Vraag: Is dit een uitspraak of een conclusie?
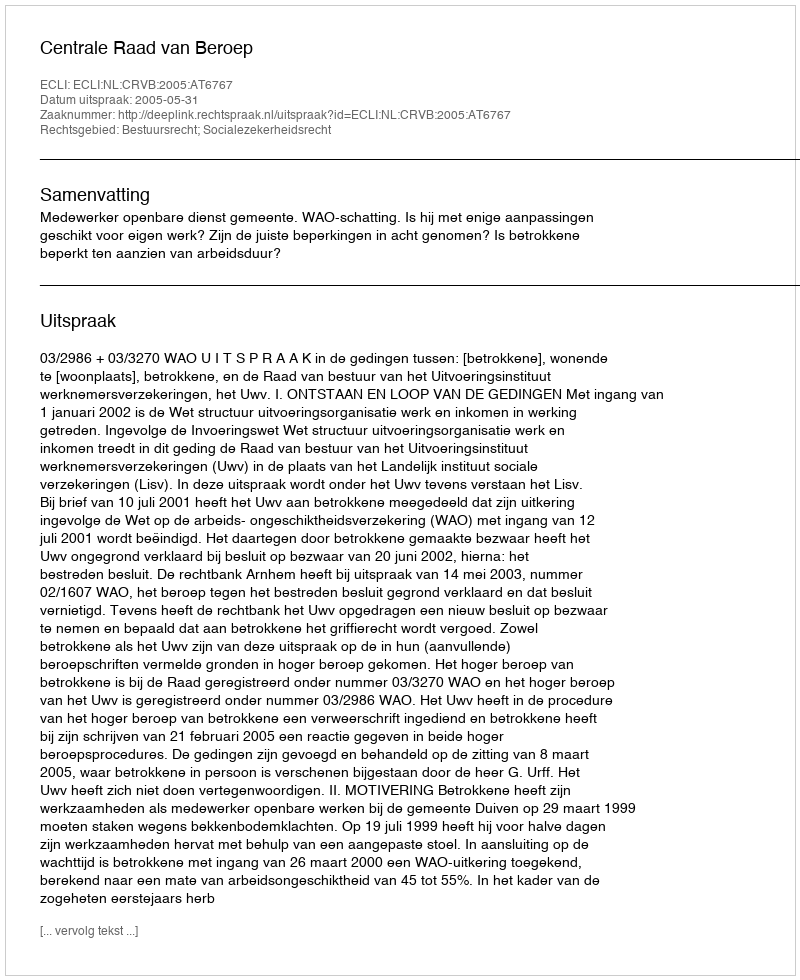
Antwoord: Uitspraak